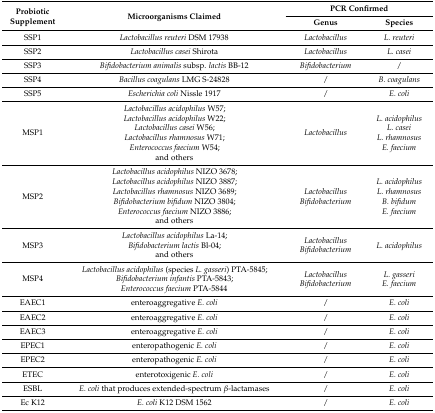
<table><thead><tr><td rowspan="2"><b>Probiotic Supplement</b></td><td rowspan="2"><b>Microorganisms Claimed</b></td><td colspan="2"><b>PCR Confirmed</b></td></tr><tr><td><b>Genus</b></td><td><b>Species</b></td></tr></thead><tbody><tr><td>SSP1</td><td><i>Lactobacillus reuteri</i> DSM 17938</td><td><i>Lactobacillus</i></td><td><i>L. reuteri</i></td></tr><tr><td>SSP2</td><td><i>Lactobacillus casei</i> Shirota</td><td><i>Lactobacillus</i></td><td><i>L. casei</i></td></tr><tr><td>SSP3</td><td><i>Bifidobacterium animalis</i> subsp. <i>lactis</i> BB-12</td><td><i>Bifidobacterium</i></td><td>/</td></tr><tr><td>SSP4</td><td><i>Bacillus coagulans</i> LMG S-24828</td><td>/</td><td><i>B. coagulans</i></td></tr><tr><td>SSP5</td><td><i>Escherichia coli</i> Nissle 1917</td><td>/</td><td><i>E. coli</i></td></tr><tr><td>MSP1</td><td><i>Lactobacillus acidophilus</i> W57;<i>Lactobacillus acidophilus</i> W22;<i>Lactobacillus casei</i> W56;<i>Lactobacillus rhamnosus</i> W71;<i>Enterococcus faecium</i> W54;and others</td><td><i>Lactobacillus</i></td><td><i>L. acidophilus</i><i>L. casei</i><i>L. rhamnosus</i><i>E. faecium</i></td></tr><tr><td>MSP2</td><td><i>Lactobacillus acidophilus</i> NIZO 3678;<i>Lactobacillus acidophilus</i> NIZO 3887;<i>Lactobacillus rhamnosus</i> NIZO 3689;<i>Bifidobacterium bifidum</i> NIZO 3804;<i>Enterococcus faecium</i> NIZO 3886;and others</td><td><i>Lactobacillus Bifidobacterium</i></td><td><i>L. acidophilus</i><i>L. rhamnosus</i><i>B. bifidum</i><i>E. faecium</i></td></tr><tr><td>MSP3</td><td><i>Lactobacillus acidophilus</i> La-14;<i>Bifidobacterium lactis</i> Bl-04;and others</td><td><i>Lactobacillus Bifidobacterium</i></td><td><i>L. acidophilus</i></td></tr><tr><td>MSP4</td><td><i>Lactobacillus acidophilus</i> (species <i>L. gasseri</i>) PTA-5845;<i>Bifidobacterium infantis</i> PTA-5843;<i>Enterococcus faecium</i> PTA-5844</td><td><i>Lactobacillus Bifidobacterium</i></td><td><i>L. gasseri</i><i>E. faecium</i></td></tr><tr><td>EAEC1</td><td>enteroaggregative <i>E. coli</i></td><td>/</td><td><i>E. coli</i></td></tr><tr><td>EAEC2</td><td>enteroaggregative <i>E. coli</i></td><td>/</td><td><i>E. coli</i></td></tr><tr><td>EAEC3</td><td>enteroaggregative <i>E. coli</i></td><td>/</td><td><i>E. coli</i></td></tr><tr><td>EPEC1</td><td>enteropathogenic <i>E. coli</i></td><td>/</td><td><i>E. coli</i></td></tr><tr><td>EPEC2</td><td>enteropathogenic <i>E. coli</i></td><td>/</td><td><i>E. coli</i></td></tr><tr><td>ETEC </td><td>enterotoxigenic <i>E. coli</i></td><td>/</td><td><i>E. coli</i></td></tr><tr><td>ESBL</td><td><i>E. coli</i> that produces extended-spectrum <i>β</i>-lactamases</td><td>/</td><td><i>E. coli</i></td></tr><tr><td>Ec K12</td><td><i>E. coli</i> K12 DSM 1562</td><td>/</td><td><i>E. coli</i></td></tr></tbody></table>